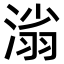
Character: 𣺟